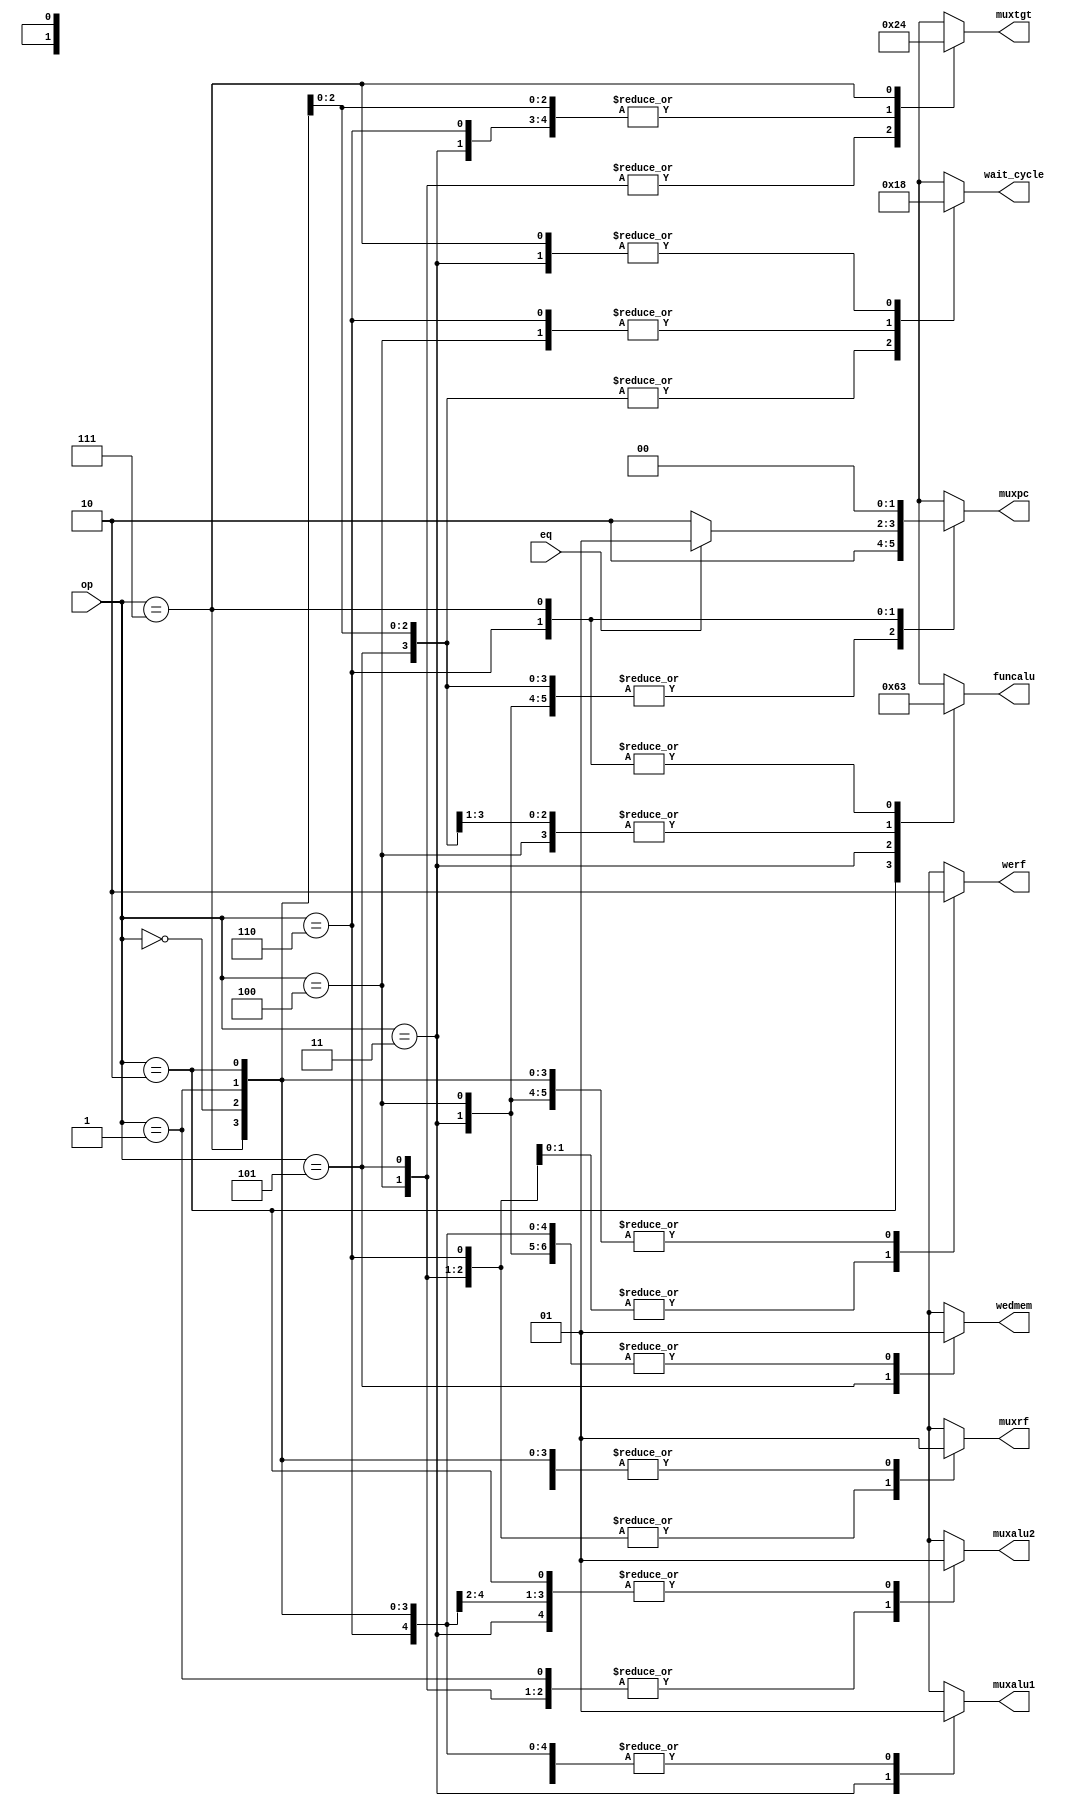
//Control Unit for FPGA
//by Yavuz Selim Tozlu

`timescale 1ns/10ps
(* DONT_TOUCH = "yes" *) 

module control_unit(muxpc, muxrf, muxalu1, muxalu2, muxtgt, funcalu, werf, wedmem,
			eq, op, wait_cycle);
input eq;
input [2:0] op;
output reg muxalu1, muxalu2, muxrf, werf, wedmem;
output reg [1:0] muxpc, muxtgt, funcalu, wait_cycle;

always @*
begin
	case(op)
		3'b000 : begin muxpc=2; muxrf=1; muxalu1=1; muxalu2=1; muxtgt=1; funcalu=0; werf=0; wedmem=1; wait_cycle=1; end //add - 3 cycles
	
		3'b001 : begin muxpc=2; muxrf=1; muxalu1=1; muxalu2=0; muxtgt=1; funcalu=0; werf=0; wedmem=1; wait_cycle=1; end //addi - 3 cycles

		3'b010 : begin muxpc=2; muxrf=1; muxalu1=1; muxalu2=1; muxtgt=1; funcalu=1; werf=0; wedmem=1; wait_cycle=1; end //nand - 3 cycles

		3'b011 : begin muxpc=2; muxrf=1; muxalu1=0; muxalu2=1; muxtgt=1; funcalu=2; werf=0; wedmem=1; wait_cycle=0; end //load upper-immediate - 2 cycles

		3'b100 : begin muxpc=2; muxrf=0; muxalu1=1; muxalu2=0; muxtgt=2; funcalu=0; werf=0; wedmem=1; wait_cycle=2; end //load word - 4 cycles

		3'b101 : begin muxpc=2; muxrf=0; muxalu1=1; muxalu2=0; muxtgt=2; funcalu=0; werf=1; wedmem=0; wait_cycle=1; end //store word - 3 cycles

		3'b110 : begin muxpc=(eq==1) ? 1 : 2; muxrf=0; muxalu1=1; muxalu2=1; muxtgt=1; funcalu=3; werf=1; wedmem=1; wait_cycle=2; end //branch if equal - 2 cycles

		3'b111 : begin muxpc=0; muxrf=1; muxalu1=1; muxalu2=1; muxtgt=0; funcalu=3; werf=0; wedmem=1; wait_cycle=0; end //jump and link through register - 2 cycles
	endcase
end

endmodule